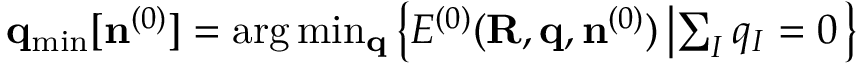
\begin{array} { r } { { \bf q } _ { \mathrm { m i n } } [ { \bf n } ^ { ( 0 ) } ] = \arg \operatorname* { m i n } _ { \bf q } \left\{ { \cal E } ^ { ( 0 ) } ( { \bf R , q } , { \bf n } ^ { ( 0 ) } ) \left\vert \sum _ { I } q _ { I } = 0 \right. \right\} } \end{array}